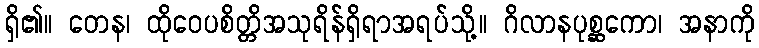
ရှိ၏။ တေန၊ ထိုဝေပစိတ္တိအသုရိန်ရှိရာအရပ်သို့။ ဂိလာနပုစ္ဆကော၊ အနာကို